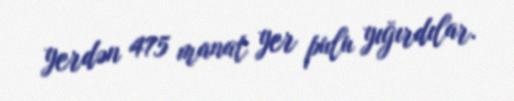
yerdən 475 manat yer pulu yığırdılar.